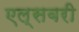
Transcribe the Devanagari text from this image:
एल्सबरी